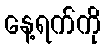
နေ့ရက်ကို